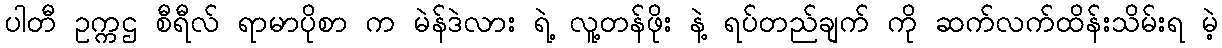
ပါတီ ဥက္ကဌ စီရီလ် ရာမာပိုစာ က မဲန်ဒဲလား ရဲ့ လူ့တန်ဖိုး နဲ့ ရပ်တည်ချက် ကို ဆက်လက်ထိန်းသိမ်းရ မဲ့